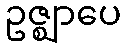
ဥဇ္ဈာပေ